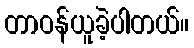
တာဝန်ယူခဲ့ပါတယ်။